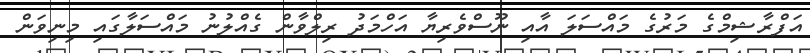
އަފްރާޝިމްގެ މަރުގެ މައްސަލަ އާއި ނޫސްވެރިޔާ އަހްމަދު ރިލްވާން ގެއްލުނު މައްސަލާގައި މިނިވަން